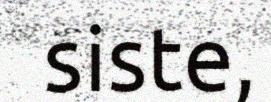
siste,